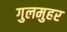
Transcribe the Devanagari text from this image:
गुलमुहर